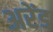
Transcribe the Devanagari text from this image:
अरेंड